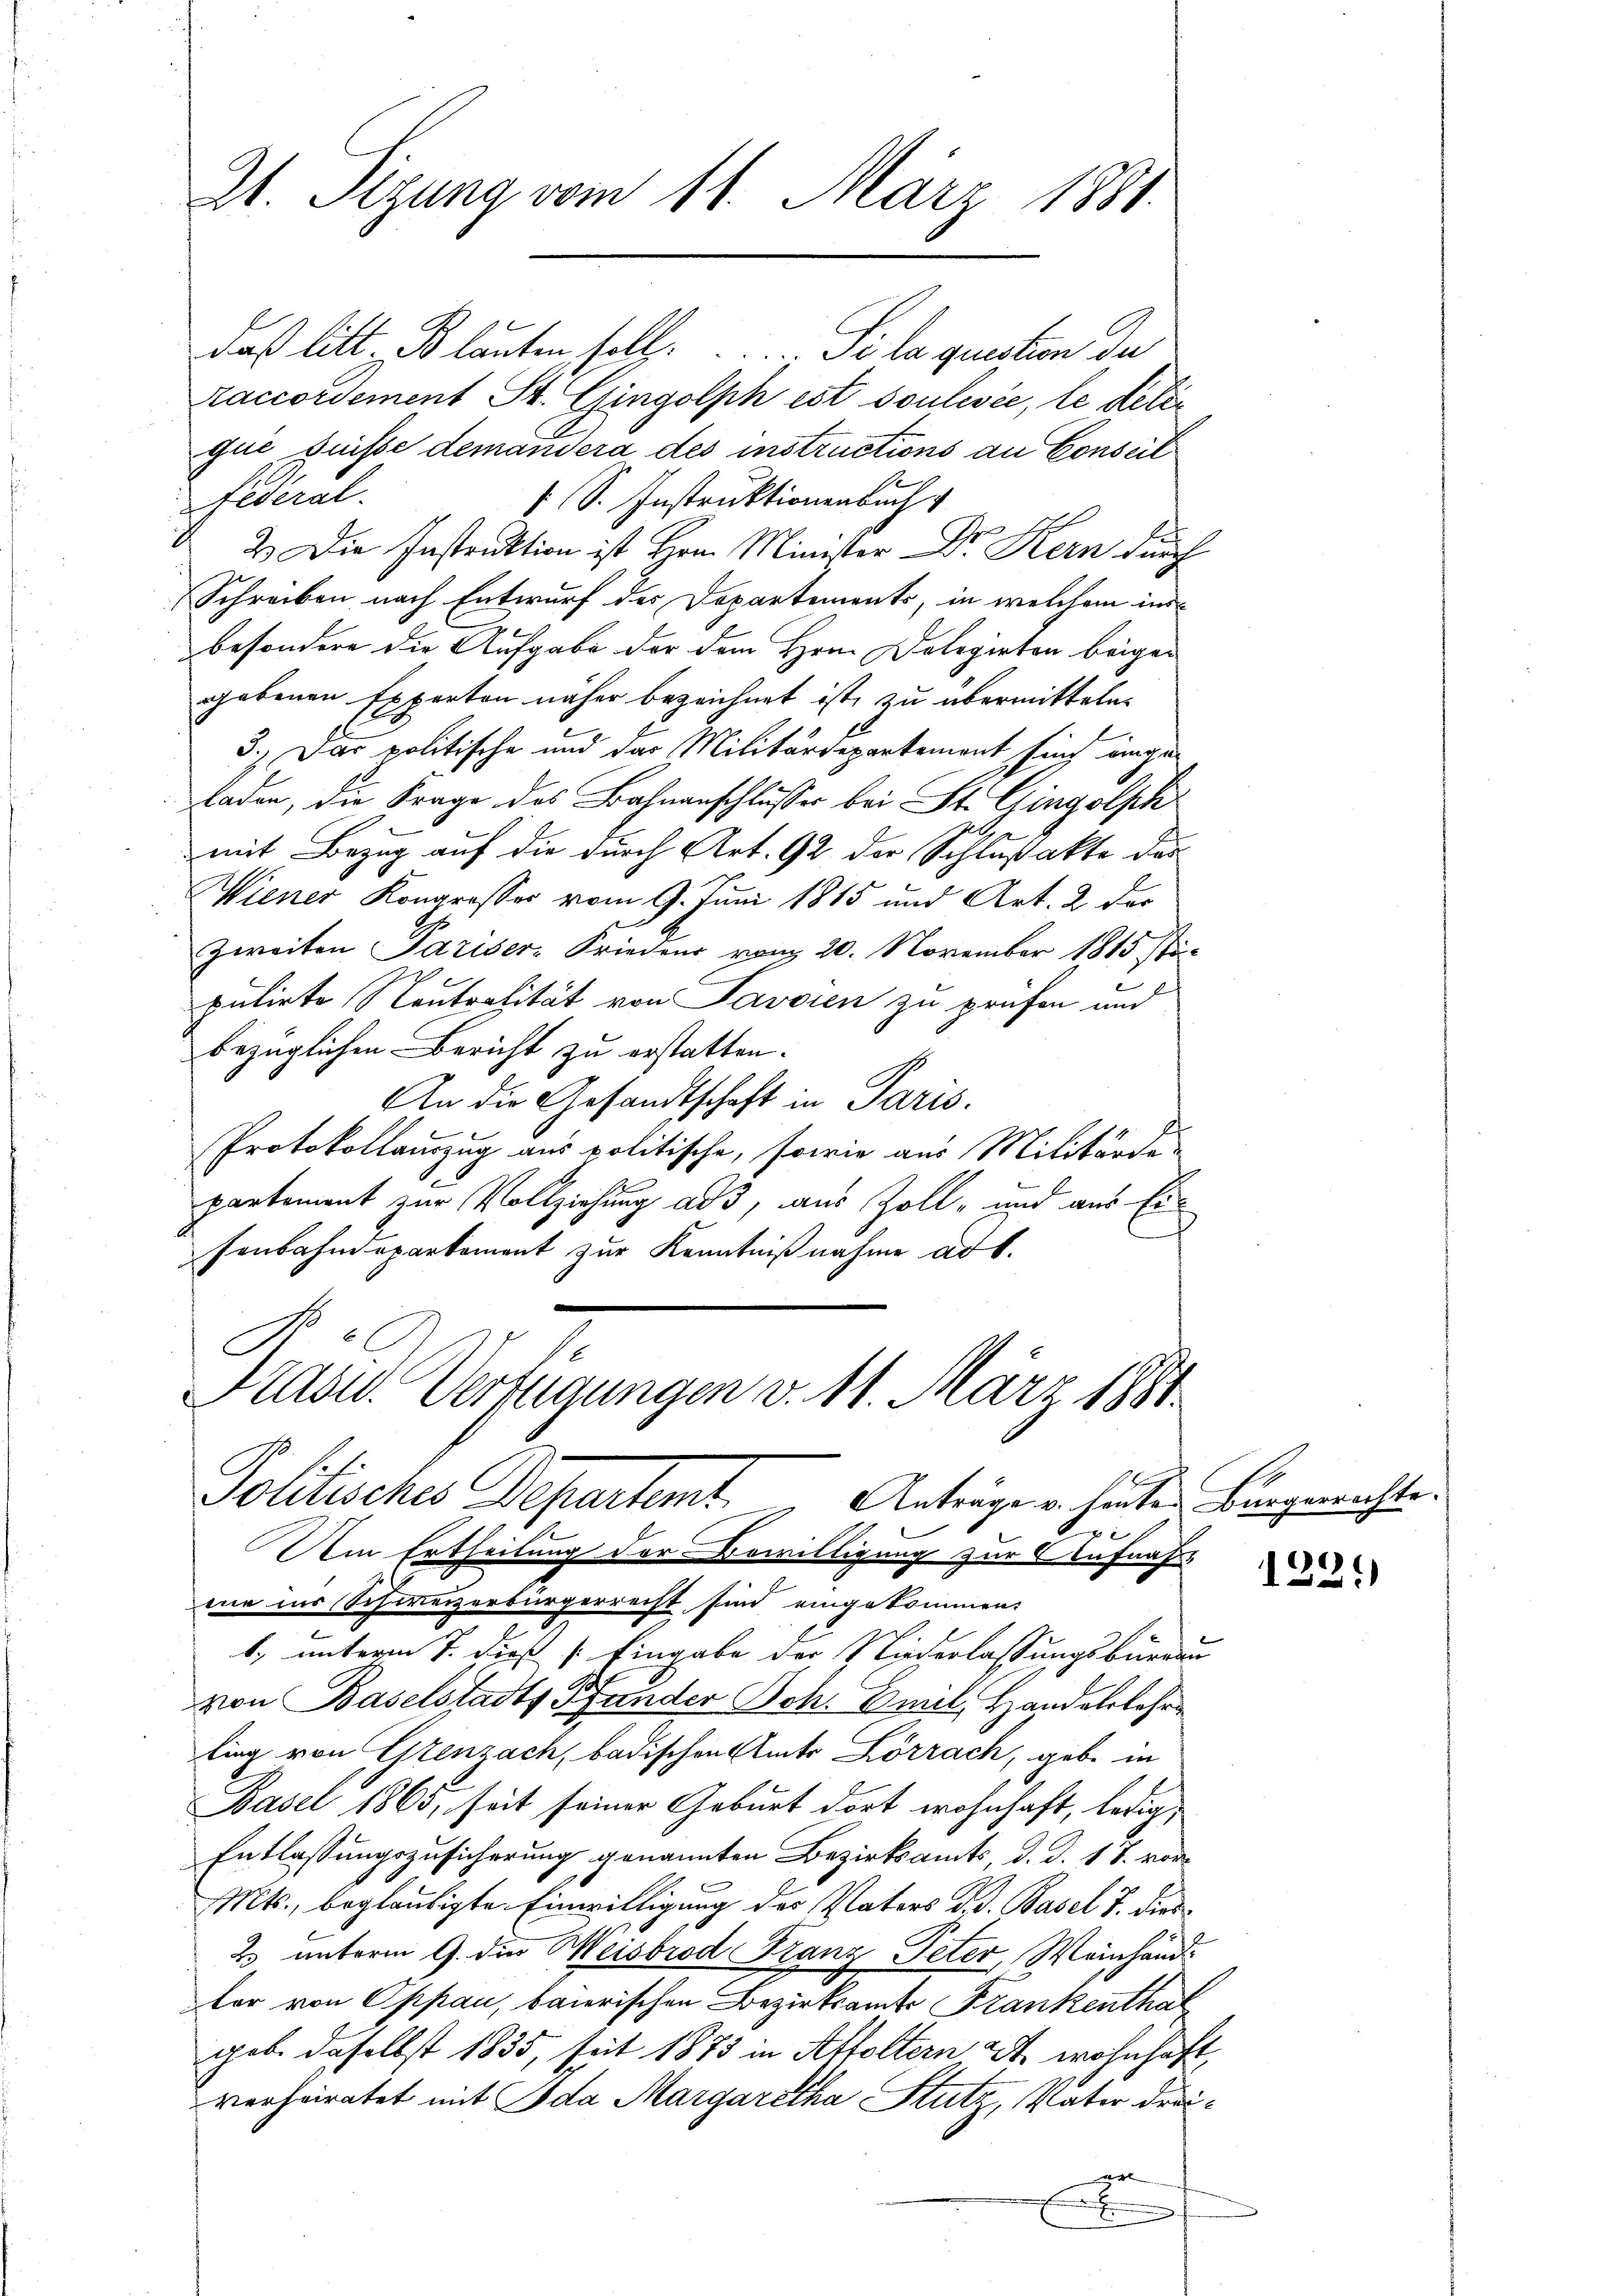
Raccordement St. Gingolph est soulevée, le delique suisse demandera des instructions an Conseil
Federal.
1 S. Instruktionenbuch
2. Die Instruktion ist Hrn. Minister Dr. Kern durch
Schreiben nach Entwurf des Departements, in welchem ins
besondere die Aufgabe der dem Hrn. Delegirten beigen
gebenen Experten näher bezeichnet ist, zu übermitteln.
5.) Das politische und das Militärdepartement sind eingeladen, die Frage des Bahnanschlusses bei St. Gingolph
mit Bezug auf die durch Art. 92 der Schlußakte das
Wiener Kongresses vom 9. Juni 1815 und Art. 2 der
Zweiten Pariser-Friedens vom 20. November 1815 Sti-
pulirte Neutralität von Pavoren zu prüfen und
bezüglichen Bericht zu erstatten.
An die Gesandtschaft in Paris.
Protokollauszug aus politische, sowie aus Militärde-
partement zur Vollziehung ad 3, aus Zoll- und aus Ein
senbahndepartement zur Kenntnißnahme ad b.
Pasu. Verfügungen v. 11. März 1881

21. Sizung vom 11. März 1881.

daß litt. Blauten soll. Si la question der

Politisches Departemt. Anträge u. hinten Bürgerichte
x

Am Ertheilung der Bewilligung zur Aufnah
mne ins Schweizerbürgerrecht sind eingekommen:
1.) unterm 7. dieß (: Eingabe der Niederlassungsbureau
von Baselstadts Pfunder Sch. Emil Handelslehre
ling von Grenzach, badischen Amt Lörrach, gebe in
Basel 1865, seit seiner Geburt dort wohnhaft, ledig
Entlassungszusicherung genannten Bezirksamts, d. d. 18. vor
Mts., beglaubigte Einwilligung des Vaters d. d. Basel 7. dies
2. unterm 9. die Meisbrod Franz Peter, Weinhänd
tor von Oppan, baierischen Bezirksamte Frankenthalgeb. daselbst 1835, seit 1875 in Affoltern 2. wohnhaft,
verheiratet mit Ida Margaretha Stutz, Vater drei¬

122.)